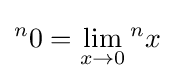
{}^{n}0=\lim _{x\rightarrow 0}{}^{n}x